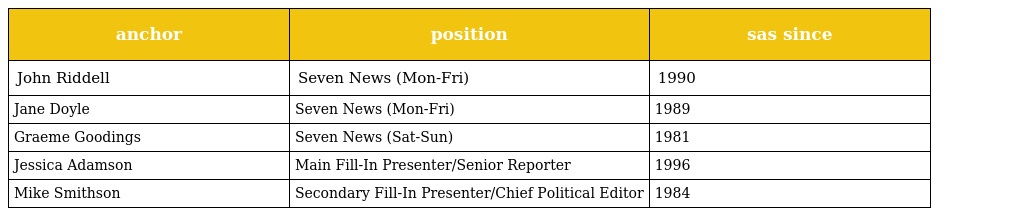
| anchor | position | sas since |
 | --- | --- | --- |
 | John Riddell | Seven News (Mon-Fri) | 1990 |
 | Jane Doyle | Seven News (Mon-Fri) | 1989 |
 | Graeme Goodings | Seven News (Sat-Sun) | 1981 |
 | Jessica Adamson | Main Fill-In Presenter/Senior Reporter | 1996 |
 | Mike Smithson | Secondary Fill-In Presenter/Chief Political Editor | 1984 |